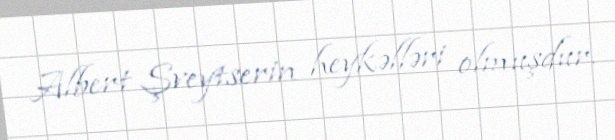
Albert Şveytserin heykəlləri olmuşdur.